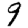
Digit: 9